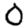
Digit: 0